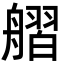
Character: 䒁